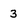
Character: 3